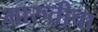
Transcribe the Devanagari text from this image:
मारुतीचा